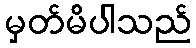
မှတ်မိပါသည်